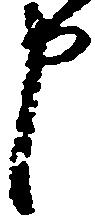
申